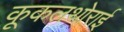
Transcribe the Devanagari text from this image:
कूकलथोराई